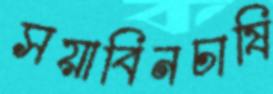
সয়াবিনচাষি